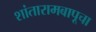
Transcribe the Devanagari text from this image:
शांतारामबापूचा